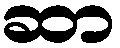
ဆာ